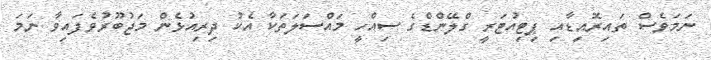
ނަމަވެސް ތައިރޮއިޑާއި ޕިޓިއުޓަރީ ގްލޭންޑްގެ ސިއްހީ މައްސަލަތަކާ އެކު ދިރިއުޅެން މަޖުބޫރުވެފައިވާ ނަމަ